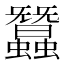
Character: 蠶